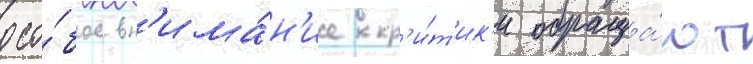
Осо́бое вн'има́н'ие кр'и́т'ик'и обраща́ют